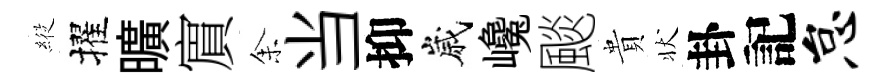
𦂵擢曠賔𪜬当抑嵗巉颷貴状卦記怠